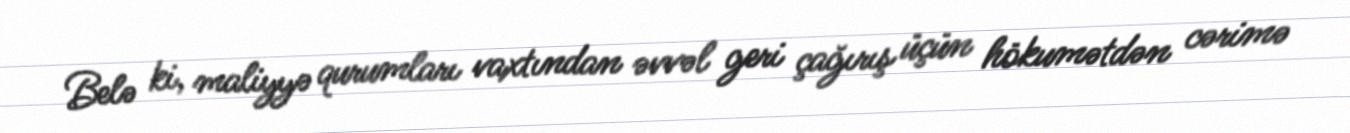
Belə ki, maliyyə qurumları vaxtından əvvəl geri çağırış üçün hökumətdən cərimə